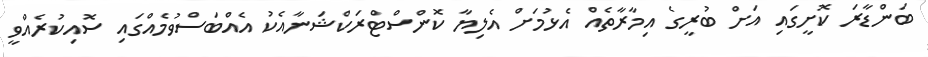
ބަންޑާރަ ކޮށީގައި އަށް ބުރީގެ އިމާރާތެއް އެޅުމަށް އެލިޔާ ކޮންސްޓްރަކްޝަނާއެކު އެއްބަސްވުމެއްގައި ސޮއިކުރެއްވީ